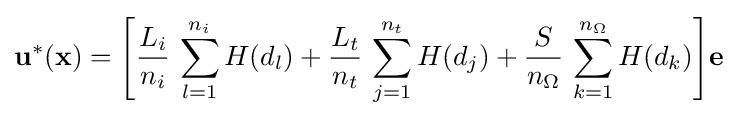
\mathbf {u} ^{*}(\mathbf {x} )={\Bigg [}{\frac {L_{i}}{n_{i}}}\,\sum _{l=1}^{n_{i}}H(d_{l})+{\frac {L_{t}}{n_{t}}}\,\sum _{j=1}^{n_{t}}H(d_{j})+{\frac {S}{n_{\Omega }}}\,\sum _{k=1}^{n_{\Omega }}H(d_{k}){\Bigg ]}\mathbf {e}